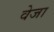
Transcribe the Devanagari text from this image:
वेजा